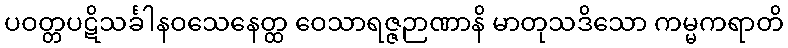
ပဝတ္တပဋိသင်္ခါနဝသေနေတ္ထ ဝေသာရဇ္ဇဉာဏာနိ မာတုသဒိသော ကမ္မကရာတိ